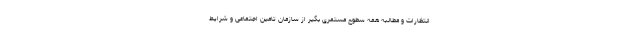
انتظارات و مطالبه همه سطوح مستمری بگیر از سازمان تامین اجتماعی و شرایط